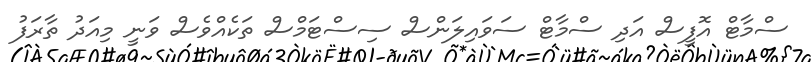
ސްމާޓް އޮފީސް އަދި ސްމާޓް ސަވައިލަންސް ސިސްޓަމްސް ތަކެއްވެސް ވަނީ މިއަދު ތާރަފު